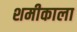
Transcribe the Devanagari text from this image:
शमीकाला